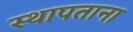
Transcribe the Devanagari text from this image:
स्थापताना